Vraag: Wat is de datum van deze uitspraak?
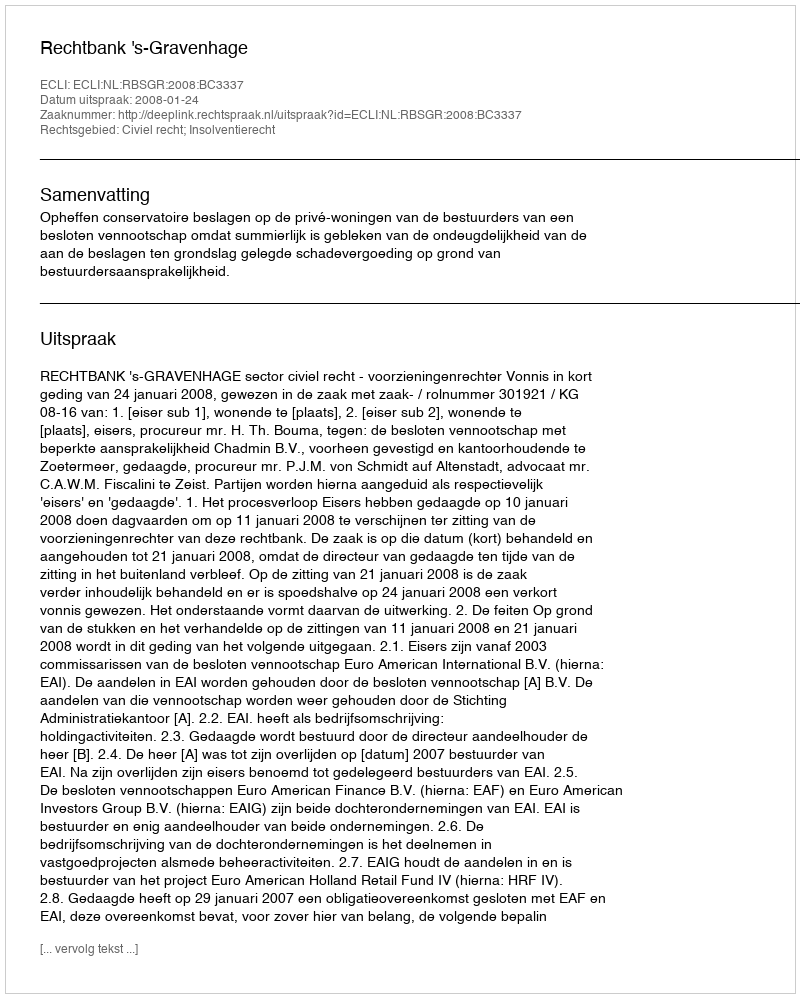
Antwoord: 2008-01-24